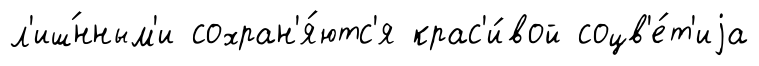
л'иш́нным'и сохран'я́ютс'я крас'и́вой соцв'е́т'иjа